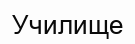
Училище